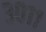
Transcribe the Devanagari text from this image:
३०११